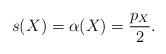
LaTeX: \begin{align*}s(X)=\alpha(X)=\frac{p_X}{2}.\end{align*}